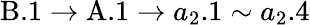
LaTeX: \mathrm{B}.1\rightarrow\mathrm{A}.1\rightarrow{a}_{2}.1\sim{a}_{2}.4